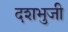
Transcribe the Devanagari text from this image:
दशभुजी